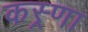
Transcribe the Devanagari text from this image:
कस्र्णा